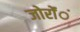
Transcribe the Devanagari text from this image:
जोरोंंं